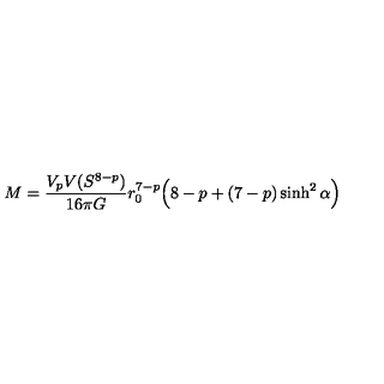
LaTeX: M = \frac { V _ { p } V ( S ^ { 8 - p } ) } { 1 6 \pi G } r _ { 0 } ^ { 7 - p } \Big ( 8 - p + ( 7 - p ) \sinh ^ { 2 } \alpha \Big )